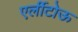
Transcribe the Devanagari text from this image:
एर्लीटोऊ